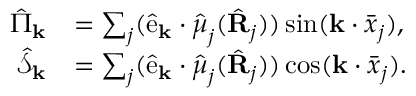
\begin{array} { r l } { \hat { \Pi } _ { \mathbf { k } } } & { = \sum _ { j } ( \hat { \mathrm { e } } _ { \mathbf { k } } \cdot \hat { \boldsymbol \mu } _ { j } ( \hat { \bf R } _ { j } ) ) \sin ( \mathbf { k } \cdot \bar { \boldsymbol x } _ { j } ) , } \\ { \hat { \mathcal { S } } _ { \mathbf { k } } } & { = \sum _ { j } ( \hat { \mathrm { e } } _ { \mathbf { k } } \cdot \hat { \boldsymbol \mu } _ { j } ( \hat { \bf R } _ { j } ) ) \cos ( \mathbf { k } \cdot \bar { \boldsymbol x } _ { j } ) . } \end{array}